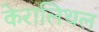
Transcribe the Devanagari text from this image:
केरालिथल